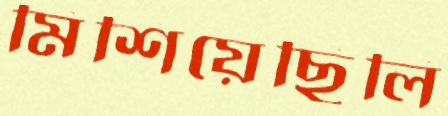
মিশিয়েছিলি